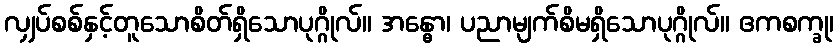
လျှပ်စစ်နှင့်တူသောစိတ်ရှိသောပုဂ္ဂိုလ်။ အန္ဓော၊ ပညာမျက်စိမရှိသောပုဂ္ဂိုလ်။ ဧကစက္ခု၊